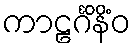
ကာဠင်္ဂိနိံဝ